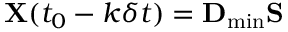
{ \bf X } ( t _ { 0 } - k \delta t ) = { \bf D } _ { \mathrm { m i n } } { \bf S }